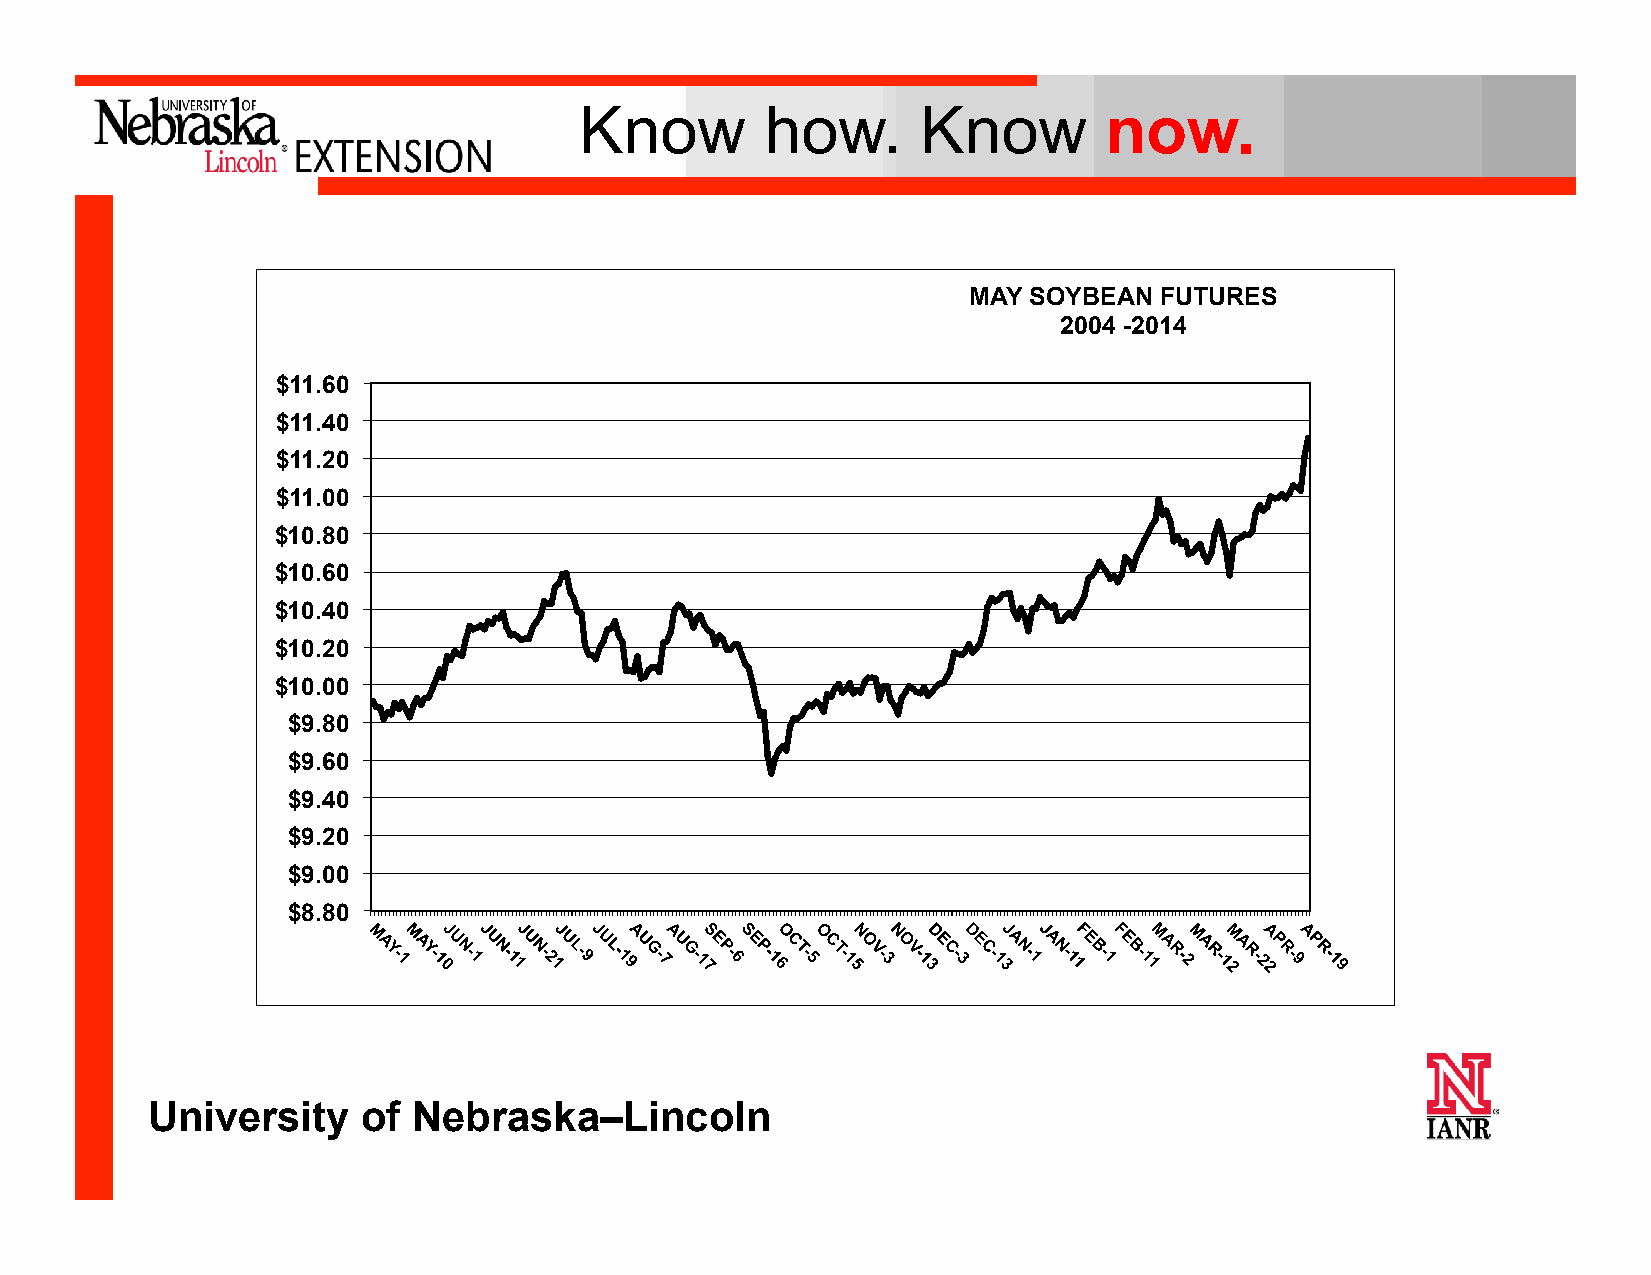
Know         how.      Know        now.
 MAY SOYBEAN  FUTURES
 2004 -2014
 $11.60
 $11.40
 $11.20
 $11.00
 $10.80
 $10.60
 $10.40
 $10.20
 $10.00
 $9.80
 $9.60
 $9.40
 $9.20
 $9.00
 $8.80
 University    of Nebraska–Lincoln